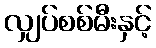
လျှပ်စစ်မီးနှင့်